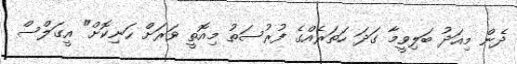
ދެން މިއަދު ބަލިވީމާ ގަދަ ހަތަރެއްގެ ފުރުސަތު މިއޮތީ ވަރަށް ހަނިކޮށް" އީގަލްސް